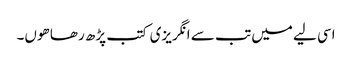
اسی لیے میں تب سے انگریزی کتب پڑھ رھا ھوں۔